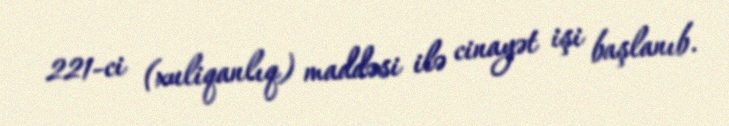
221-ci (xuliqanlıq) maddəsi ilə cinayət işi başlanıb.